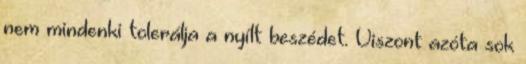
nem mindenki tolerálja a nyílt beszédet. Viszont azóta sok